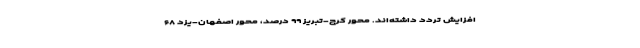
افزایش تردد داشته‌اند. محور کرج-تبریز ۹۹ درصد، محور اصفهان-یزد ۶۸